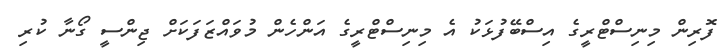
ފޮރިން މިނިސްޓްރީގެ އިސްބޭފުޅަކު އެ މިނިސްޓްރީގެ އަންހެން މުވައްޒަފަކަށް ޖިންސީ ގޯނާ ކުރި